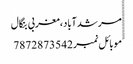
مرشدآباد،مغربی بنگال
ََََََََََََََََََََََََموبائل نمبر 7872873542